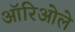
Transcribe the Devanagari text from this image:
ऑरिओले